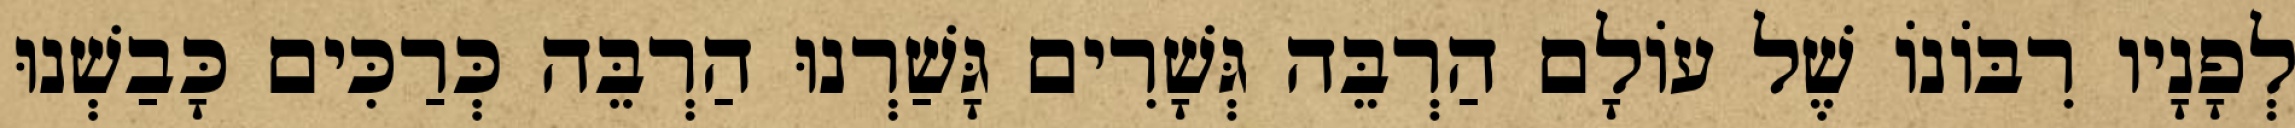
לְפָנָיו רִבּוֹנוֹ שֶׁל עוֹלָם הַרְבֵּה גְּשָׁרִים גָּשַׁרְנוּ הַרְבֵּה כְּרַכִּים כָּבַשְׁנוּ